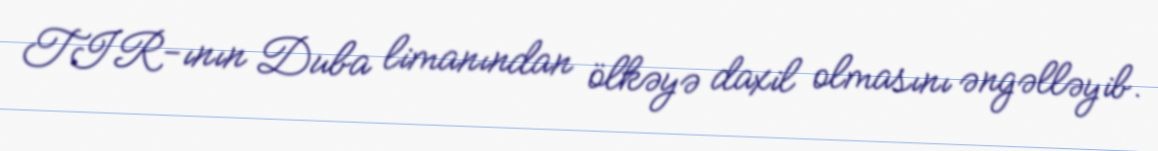
TIR-ının Duba limanından ölkəyə daxil olmasını əngəlləyib.